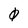
Character: 0